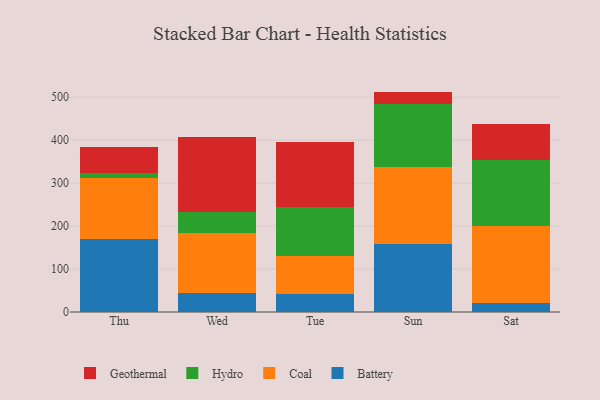
{"axis": {"x": "Day", "y": "Energy Usage (MWh)"}, "legend": ["Battery", "Coal", "Geothermal", "Hydro"], "data": [{"x": "Thu", "y": 170.0, "type": "Battery"}, {"x": "Thu", "y": 141.5, "type": "Coal"}, {"x": "Thu", "y": 11.9, "type": "Hydro"}, {"x": "Thu", "y": 61.4, "type": "Geothermal"}, {"x": "Wed", "y": 43.4, "type": "Battery"}, {"x": "Wed", "y": 140.5, "type": "Coal"}, {"x": "Wed", "y": 48.3, "type": "Hydro"}, {"x": "Wed", "y": 175.8, "type": "Geothermal"}, {"x": "Tue", "y": 42.7, "type": "Battery"}, {"x": "Tue", "y": 86.9, "type": "Coal"}, {"x": "Tue", "y": 113.7, "type": "Hydro"}, {"x": "Tue", "y": 152.3, "type": "Geothermal"}, {"x": "Sun", "y": 158.2, "type": "Battery"}, {"x": "Sun", "y": 179.8, "type": "Coal"}, {"x": "Sun", "y": 146.5, "type": "Hydro"}, {"x": "Sun", "y": 28.6, "type": "Geothermal"}, {"x": "Sat", "y": 21.6, "type": "Battery"}, {"x": "Sat", "y": 179.2, "type": "Coal"}, {"x": "Sat", "y": 152.9, "type": "Hydro"}, {"x": "Sat", "y": 84.3, "type": "Geothermal"}]}